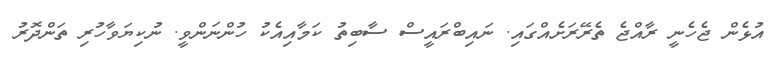
އުޅެން ޖެހެނީ ރާއްޖެ ތެރޭރަށެއްގައި. ނައިބްރައީސް ސާބިތު ކަމާއިއެކު ހުންނަންވީ. ނުކިޔަވާހުރި ތަންދޮރު